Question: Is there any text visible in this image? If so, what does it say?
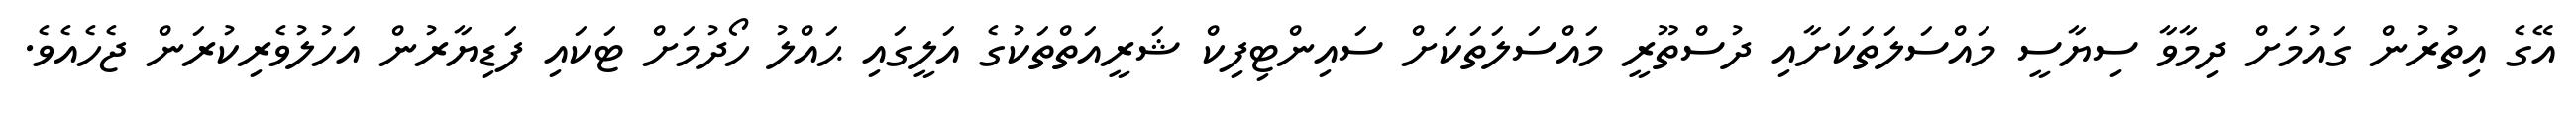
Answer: އޭގެ އިތުރުން ގައުމަށް ދިމާވާ ސިޔާސީ މައްސަލަތަކަށާއި ދުސްތޫރީ މައްސަލަތަކަށް ސައިންޓިފިކް ޝަރީއަތްތަކުގެ އަލީގައި ޙައްލު ހޯދުމަށް ޓަކައި ފަޑިޔާރުން އަހުލުވެރިކުރަން ޖެހެއެވެ.